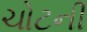
ચોટની